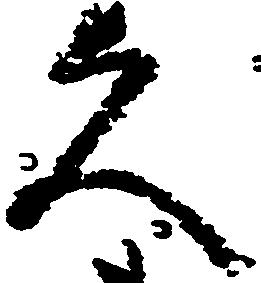
久